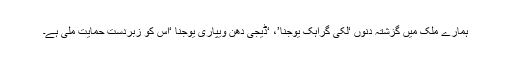
ہمارے ملک میں گزشتہ دنوں ‘لکی گراہک یوجنا’، ‘ڈیجی دھن ویپاری یوجنا ‘اس کو زبردست حمایت ملی ہے۔